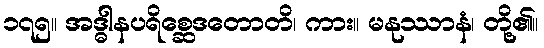
၁၇၅။ အဒ္ဓါနပရိစ္ဆေဒတောတိ၊ ကား။ မနုဿာနံ၊ တို့၏။